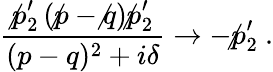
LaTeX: \frac{\not p_{2}^{\prime}\left(\not p-\not q\right)\not p_{2}^{\prime}}{(p-q)^{2}+i\delta}\rightarrow-\not p_{2}^{\prime}~.